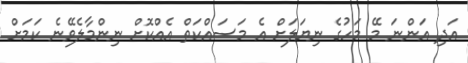
އަދި އަންނަ މޭ މަހުގެ ނިޔަލަށް އެ މަސައްކަތް އެއްކޮށް ނިންމާލެވޭނެ ކަމަށް